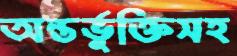
অন্তর্ভুক্তিসহ